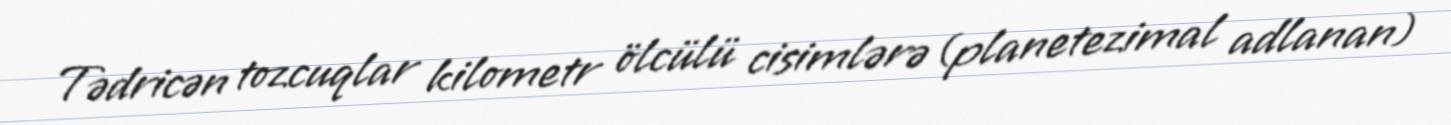
Tədricən tozcuqlar kilometr ölcülü cisimlərə (planetezimal adlanan)